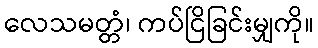
လေသမတ္တံ၊ ကပ်ငြိခြင်းမျှကို။